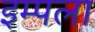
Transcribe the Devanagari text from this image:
इम्पला